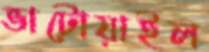
ভাটোয়াইল